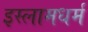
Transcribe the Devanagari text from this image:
इस्लामधर्म